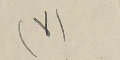
(٧)